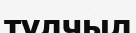
тулчыл